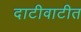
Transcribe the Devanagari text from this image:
दाटीवाटीत